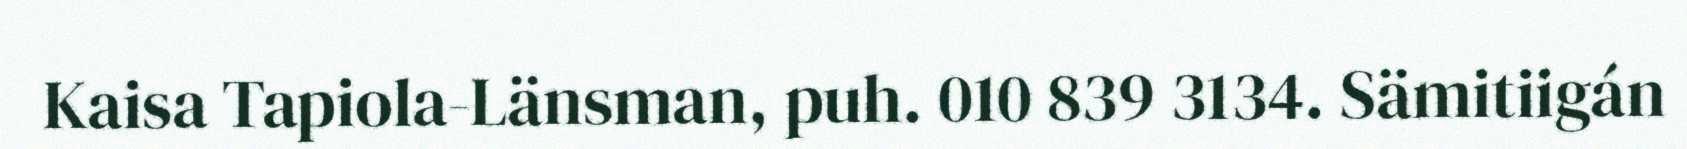
Kaisa Tapiola-Länsman, puh. 010 839 3134. Sämitiigán